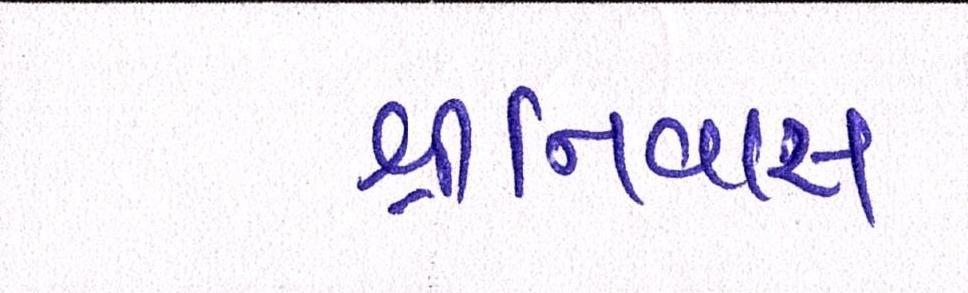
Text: શ્રીનિવાસ